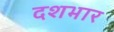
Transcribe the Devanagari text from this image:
दशभार